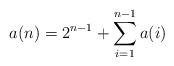
LaTeX: \begin{align*} a(n) = 2^{n - 1} + \sum_{i = 1}^{n - 1} a(i) \end{align*}